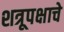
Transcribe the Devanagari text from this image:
शत्रूपक्षाचे